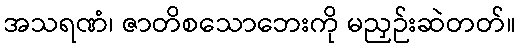
အသရဏံ၊ ဇာတိစသောဘေးကို မညှဉ်းဆဲတတ်။